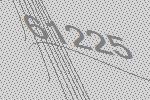
61225